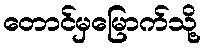
တောင်မှမြောက်သို့